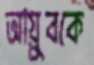
আয়ুবকে